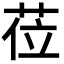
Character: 莅